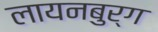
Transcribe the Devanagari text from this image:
लायनबुर्ग